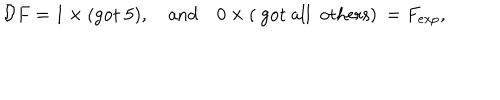
LaTeX: { \cal D } F = 1 \times \mathrm { ( g o t ~ 5 ) } , \quad \mathrm { a n d } \quad 0 \times \mathrm { ( ~ g o t ~ a l l ~ o t h e r s ) } \: = F _ { e x p } ,